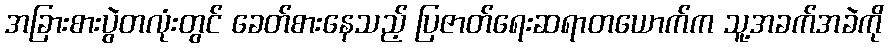
အခြားစားပွဲတလုံးတွင် ခေတ်စားနေသည့် ပြဇာတ်ရေးဆရာတယောက်က သူ့အခက်အခဲကို